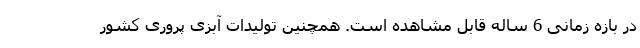
در بازه زمانی 6 ساله قابل مشاهده است. همچنین تولیدات آبزی پروری کشور